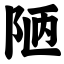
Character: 陋